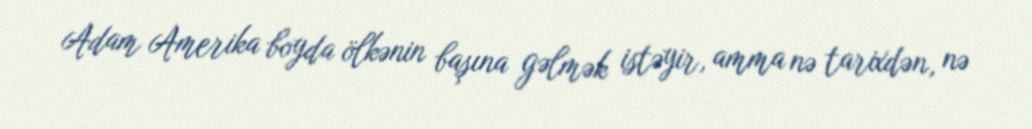
Adam Amerika boyda ölkənin başına gəlmək istəyir, amma nə tarixdən, nə